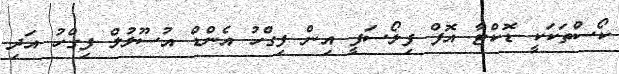
ކޯސްތަކަކީ ޑޮކްޓާ އޮފް ފިލޯސަފީ އިން ފިގްހު އެންޑް އުސޫލުލް ފިގްހު އަދި